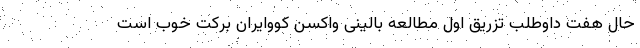
حال هفت داوطلب تزریق اول مطالعه بالینی واکسن کووایران برکت خوب است